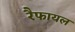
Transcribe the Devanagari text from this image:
रैफायल